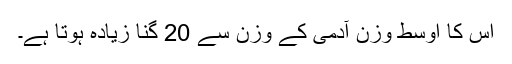
اس کا اوسط وزن آدمی کے وزن سے 20 گنا زیادہ ہوتا ہے۔